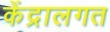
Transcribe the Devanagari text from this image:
केंद्रालगत